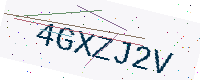
Text: 4GXZJ2V